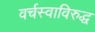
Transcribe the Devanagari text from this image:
वर्चस्वाविरुद्ध